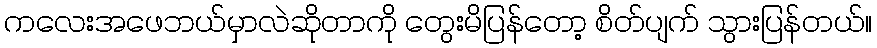
ကလေးအဖေဘယ်မှာလဲဆိုတာကို တွေးမိပြန်တော့ စိတ်ပျက် သွားပြန်တယ်။